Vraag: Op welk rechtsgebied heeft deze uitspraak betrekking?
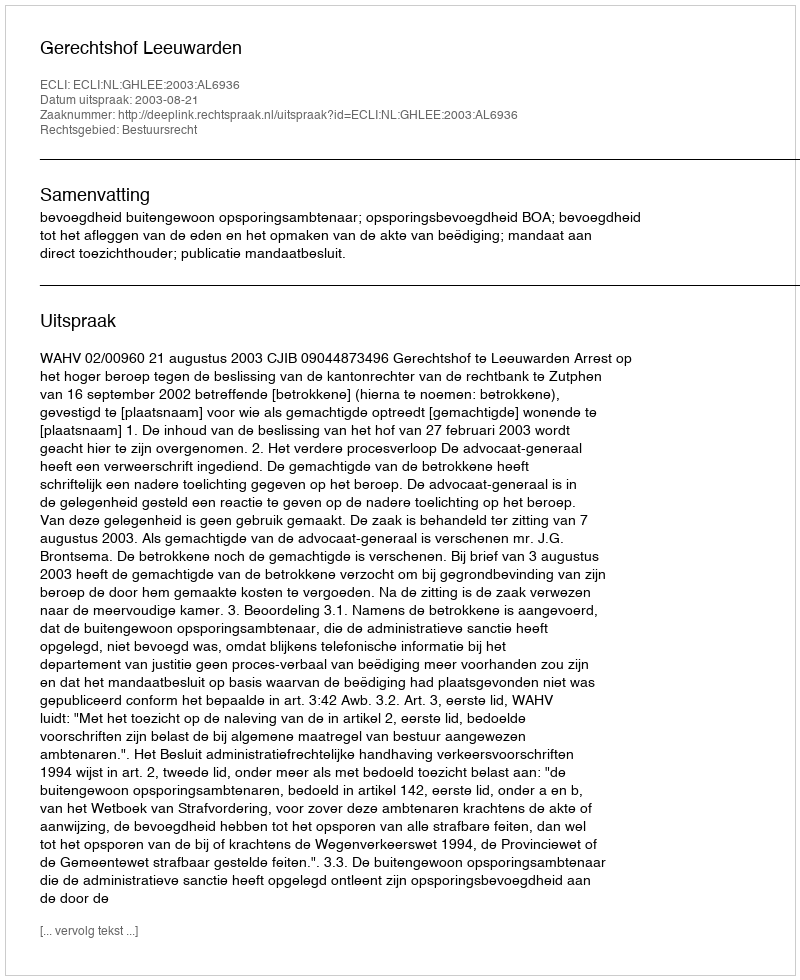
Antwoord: Bestuursrecht